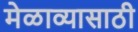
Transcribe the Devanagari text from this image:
मेळाव्यासाठी